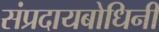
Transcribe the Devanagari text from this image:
संप्रदायबोधिनी